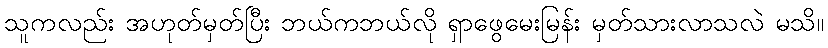
သူကလည်း အဟုတ်မှတ်ပြီး ဘယ်ကဘယ်လို ရှာဖွေမေးမြန်း မှတ်သားလာသလဲ မသိ။